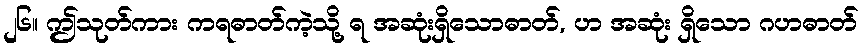
၂၆။ ဤသုတ်ကား ကရဓာတ်ကဲ့သို့ ရ အဆုံးရှိသောဓာတ်, ဟ အဆုံး ရှိသော ဂဟဓာတ်